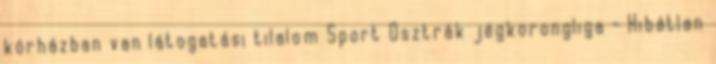
kórházban van látogatási tilalom Sport Osztrák jégkorongliga - Hibátlan